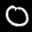
Label: 0